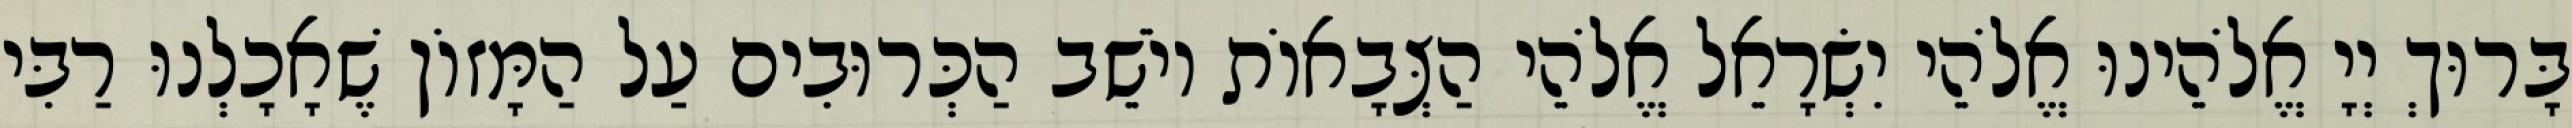
בָּרוּךְ יְיָ אֱלֹהֵינוּ אֱלֹהֵי יִשְׂרָאֵל אֱלֹהֵי הַצְּבָאוֹת יוֹשֵׁב הַכְּרוּבִים עַל הַמָּזוֹן שֶׁאָכָלְנוּ רַבִּי